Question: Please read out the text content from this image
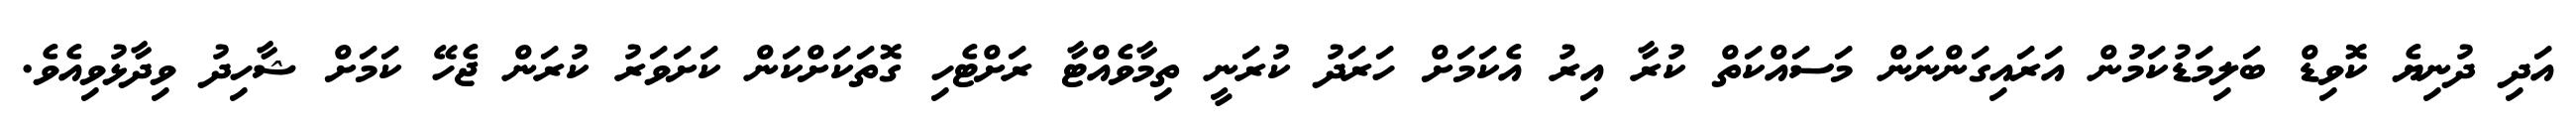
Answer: އަދި ދުނިޔެ ކޮވިޑް ބަލިމަޑުކަމުން އަރައިގަންނަން މަސައްކަތް ކުރާ އިރު އެކަމަށް ހަރަދު ކުރަނީ ތިމާވެއްޓާ ރަށްޓެހި ގޮތަކަށްކަން ކަށަވަރު ކުރަން ޖެހޭ ކަމަށް ޝާހިދު ވިދާޅުވިއެވެ.